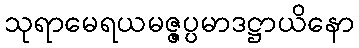
သုရာမေရယမဇ္ဇပ္ပမာဒဋ္ဌာယိနော